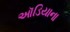
ઑડિયાના